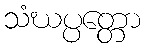
သံဃပ္ပတ္တော